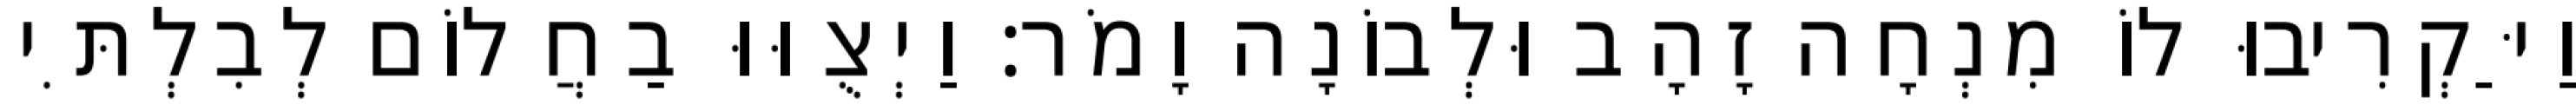
וַיַּקְרִיבוּ לוֹ מִנְחָה זָהָב וּלְבוֹנָה וָמֹר׃ וַיְצֻוּוּ בַחֲלוֹם לְבִלְתִּי